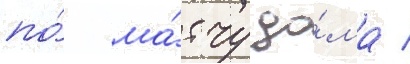
по́ ма́тчу до́ма /